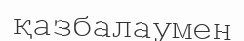
қазбалаумен